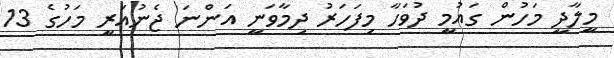
މީލާދީ މަހުން ގައުމީ ދުވަހާ މިފަހަރު ދިމާވަނީ އަންނަ ޖެނުއަރީ މަހުގެ 13